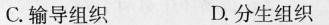
C.输导组织 D.分生组织